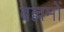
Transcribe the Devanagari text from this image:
बल्लमों